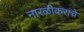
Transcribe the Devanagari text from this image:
नारळीकरांचे